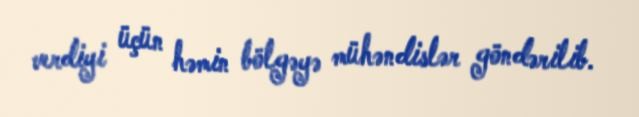
verdiyi üçün həmin bölgəyə mühəndislər göndərilib.